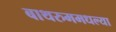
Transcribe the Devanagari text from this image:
बाथरुममधल्‍या